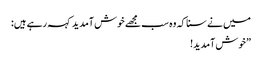
میں نے سنا کہ وہ سب مجھے خوش آمدید کہہ رہے ہیں:
”خوش آمدید!